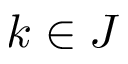
k \in J